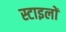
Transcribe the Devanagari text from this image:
स्टाइलों